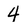
Character: 4